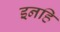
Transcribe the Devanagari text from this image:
इनहि